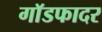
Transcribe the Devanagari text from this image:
गाॅडफादर